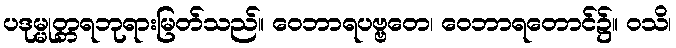
ပဒုမ္မုတ္တရဘုရားမြတ်သည်။ ဝေဘာရပဗ္ဗတေ၊ ဝေဘာရတောင်၌။ ဝသိ၊